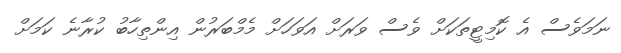
ނަމަވެސް އެ ކޮމިޓީތަކަށް ވެސް ވަރަށް އަވަހަށް މެމްބަރުން އިންތިހާބު ކުރާނެ ކަމަށް